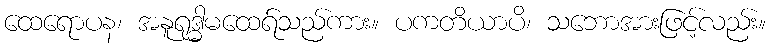
ထေရောပန၊ အနူရုဒ္ဓါမထေရ်သည်ကား။ ပကတိယာပိ၊ သဘောအားဖြင့်လည်း။